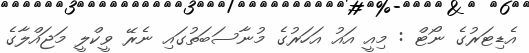
އެޑިޓަރުގެ ނޯޓް : މިއީ އައު އަހަރުގެ މުނާސަބަތުގައި ނެރޭ ވީކްލީ މަޖައްލާގެ